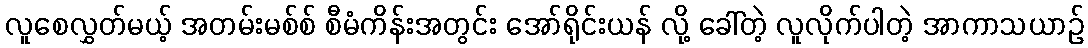
လူစေလွှတ်မယ့် အတမ်းမစ်စ် စီမံကိန်းအတွင်း အော်ရိုင်းယန် လို့ ခေါ်တဲ့ လူလိုက်ပါတဲ့ အာကာသယာဉ်